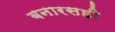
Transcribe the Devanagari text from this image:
बनारसही